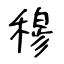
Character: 穆